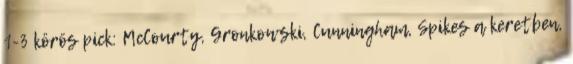
1-3 körös pick: McCourty, Gronkowski, Cunningham, Spikes a keretben,